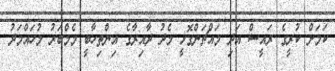
ކަމަށް ކުރީގެ ރައީސް އަދި މައްޗަންގޮޅީ މެދު ދާއިރާގެ އިންތިހާބީ މެމްބަރު މުހައްމަދު